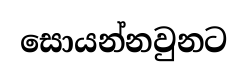
සොයන්නවුනට